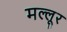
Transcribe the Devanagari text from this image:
मल्लूर